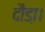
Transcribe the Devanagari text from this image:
दौडा़।